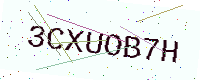
Text: 3CXUOB7H